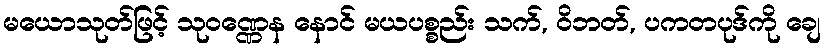
မယောသုတ်ဖြင့် သုဝဏ္ဏေန နောင် မယပစ္စည်း သက်, ဝိဘတ်, ပကတပုဒ်ကို ချေ